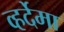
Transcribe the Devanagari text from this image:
व्हर्देमा